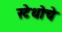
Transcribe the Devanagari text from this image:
स्टेथोचे